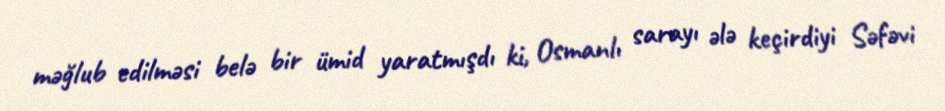
məğlub edilməsi belə bir ümid yaratmışdı ki, Osmanlı sarayı ələ keçirdiyi Səfəvi